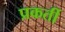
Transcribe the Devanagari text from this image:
प्रकर्ती